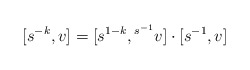
\begin{align*}[s^{-k},v] = [s^{1-k},{}^{s^{-1}}v]\cdot [s^{-1},v]\end{align*}